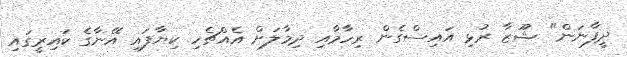
ދީފާނަން" ޝޫޒާ ރުޅި އައިސްގެން ރިހާމާއި ދިމާލަށް އެއްޗެހި ކިޔާފައި އޭނާގެ ކައިރީގައި